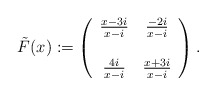
\begin{align*}\tilde{F}(x) :=\left(\begin{array}{cc}\frac{x - 3 i}{x - i} & \frac{- 2 i}{x - i} \\& \\\frac{4 i}{x - i} & \frac{x + 3 i}{x - i}\end{array}\right).\end{align*}